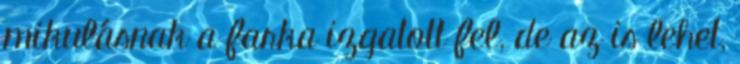
mikulásnak a farka izgatott fel, de az is lehet,